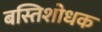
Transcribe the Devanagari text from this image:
बस्तिशोधक